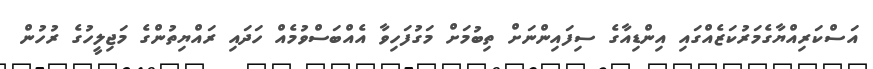
އަސްކަރިއްޔާގެމަރުކަޒެއްގައި އިންޑިއާގެ ސިފައިންނަށް ތިބުމަށް މަގުފަހިވާ އެއްބަސްވުމެއް ހަދައި ރައްޔިތުންގެ މަޖިލީހުގެ ރުހުން